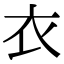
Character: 衣